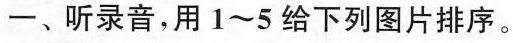
-、听录音，用1~5给下列图片排序。